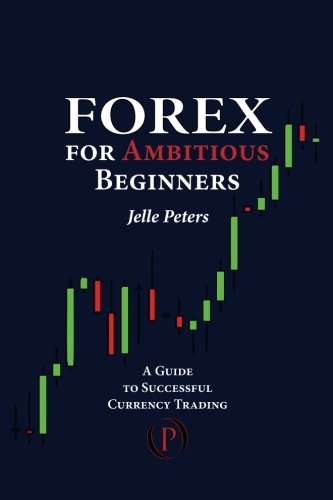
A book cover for Forex For Ambitious Beginners: A Guide to Successful Currency Trading; Jelle Peters; Business & Money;